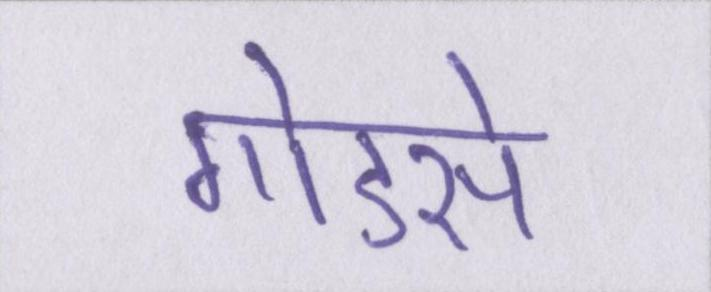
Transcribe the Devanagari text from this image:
गोडसे